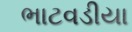
ભાટવડીયા